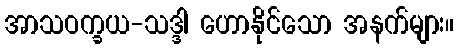
အာသဝက္ခယ-သဒ္ဒါ ဟောနိုင်သော အနက်များ။